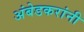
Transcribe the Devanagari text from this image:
अंबेडकरांनी